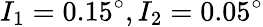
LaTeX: I_{1}=0.15^{\circ},I_{2}=0.05^{\circ}